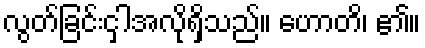
လွတ်ခြင်းငှါအလိုရှိသည်။ ဟောတိ၊ ၏။